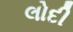
લોદી